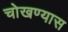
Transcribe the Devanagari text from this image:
चोखण्यास